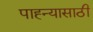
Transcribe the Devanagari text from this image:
पाह्न्यासाठी